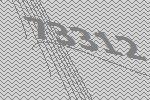
73312